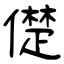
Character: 儊